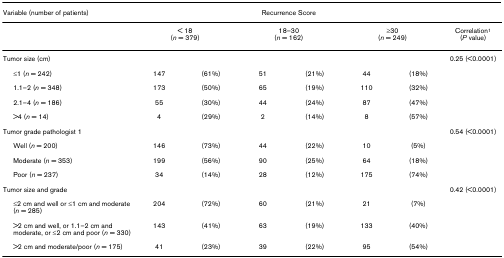
<table><thead><tr><td><b>Variable (number of patients)</b></td><td colspan="6"><b>Recurrence Score</b></td><td></td></tr></thead><tbody><tr><td></td><td colspan="2">&lt; 18(<i>n </i>= 379)</td><td colspan="2">18–30(<i>n </i>= 162)</td><td colspan="2">≥30(<i>n </i>= 249)</td><td>Correlation<sup>1 </sup>(<i>P </i>value)</td></tr><tr><td>Tumor size (cm)</td><td></td><td></td><td></td><td></td><td></td><td></td><td>0.25 (&lt;0.0001)</td></tr><tr><td> ≤1 (<i>n </i>= 242)</td><td>147</td><td>(61%)</td><td>51</td><td>(21%)</td><td>44</td><td>(18%)</td><td></td></tr><tr><td> 1.1–2 (<i>n </i>= 348)</td><td>173</td><td>(50%)</td><td>65</td><td>(19%)</td><td>110</td><td>(32%)</td><td></td></tr><tr><td> 2.1–4 (<i>n </i>= 186)</td><td>55</td><td>(30%)</td><td>44</td><td>(24%)</td><td>87</td><td>(47%)</td><td></td></tr><tr><td> &gt;4 (<i>n </i>= 14)</td><td>4</td><td>(29%)</td><td>2</td><td>(14%)</td><td>8</td><td>(57%)</td><td></td></tr><tr><td>Tumor grade pathologist 1</td><td></td><td></td><td></td><td></td><td></td><td></td><td>0.54 (&lt;0.0001)</td></tr><tr><td> Well (<i>n </i>= 200)</td><td>146</td><td>(73%)</td><td>44</td><td>(22%)</td><td>10</td><td>(5%)</td><td></td></tr><tr><td> Moderate (<i>n </i>= 353)</td><td>199</td><td>(56%)</td><td>90</td><td>(25%)</td><td>64</td><td>(18%)</td><td></td></tr><tr><td> Poor (<i>n </i>= 237)</td><td>34</td><td>(14%)</td><td>28</td><td>(12%)</td><td>175</td><td>(74%)</td><td></td></tr><tr><td>Tumor size and grade</td><td></td><td></td><td></td><td></td><td></td><td></td><td>0.42 (&lt;0.0001)</td></tr><tr><td> ≤2 cm and well or ≤1 cm and moderate (<i>n </i>= 285)</td><td>204</td><td>(72%)</td><td>60</td><td>(21%)</td><td>21</td><td>(7%)</td><td></td></tr><tr><td> &gt;2 cm and well, or 1.1–2 cm and moderate, or ≤2 cm and poor (<i>n </i>= 330)</td><td>143</td><td>(41%)</td><td>63</td><td>(19%)</td><td>133</td><td>(40%)</td><td></td></tr><tr><td> &gt;2 cm and moderate/poor (<i>n </i>= 175)</td><td>41</td><td>(23%)</td><td>39</td><td>(22%)</td><td>95</td><td>(54%)</td><td></td></tr></tbody></table>